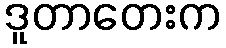
ဒူတာတေးက